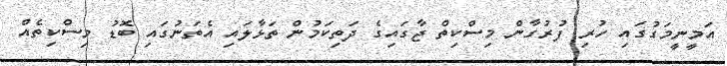
އަމީނީމަގުގައި ހުރި ފުރުގާން މިސްކިތް ޖާގައިގެ ދަތިކަމުން ތަޅާލައި އެތަނުގައި ބޮޑު މިސްކިތެއް